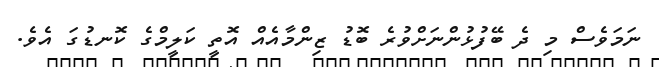
ނަމަވެސް މި ދެ ބޭފުޅުންނަށްވުރެ ބޮޑު ޒިންމާއެއް އޮތީ ކަލީމްގެ ކޮނޑުގަ އެވެ.